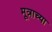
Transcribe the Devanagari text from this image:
मूत्राच्या